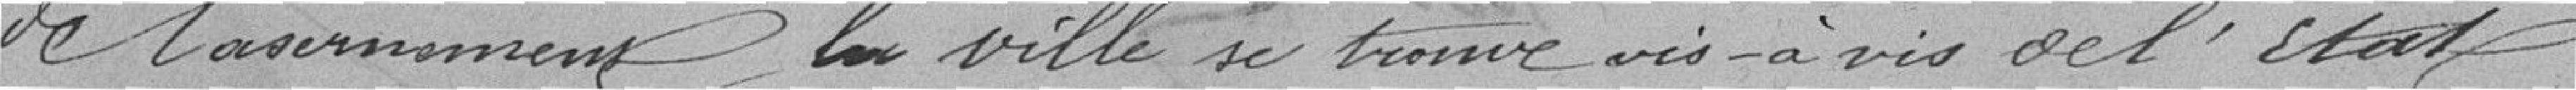
de casernement, la Ville se trouve vis-à-vis de l'État